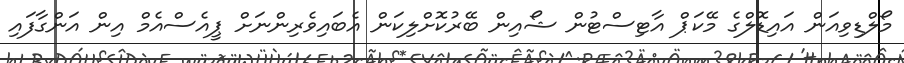
މޯލްޑިވިއަން އައިޑޮލްގެ މޭކަޕް އާޓިސްޓުން ޝޯއިން ބޭރުކޮށްލިކަން އެބައިވެރިންނަށް ޕީއެސްއެމް އިން އަންގާފައި